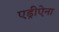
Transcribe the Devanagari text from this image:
एड्रीऐना